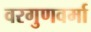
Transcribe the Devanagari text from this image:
वरगुणवर्मा